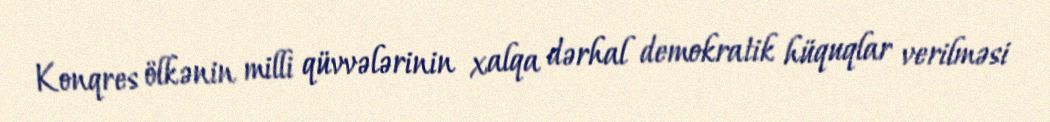
Konqres ölkənin milli qüvvələrinin xalqa dərhal demokratik hüquqlar verilməsi